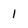
Character: 1